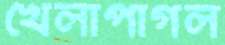
খেলাপাগল